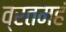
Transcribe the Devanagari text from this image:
व्रतमहं